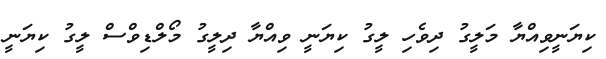
ކިޔަނީވިއްޔާ މަލީގު ދިވެހި ލީގު ކިޔަނީ ވިއްޔާ ދިލީގު މޯލްޑިވްސް ލީގު ކިޔަނީ